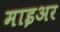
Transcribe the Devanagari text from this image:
माइअर